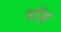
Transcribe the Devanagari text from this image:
गॉज़